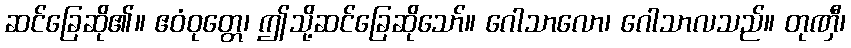
ဆင်ခြေဆို၏။ ဧဝံဝုတ္တေ၊ ဤသို့ဆင်ခြေဆိုသော်။ ဂေါသာလော၊ ဂေါသာလသည်။ တုဏှီ၊